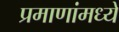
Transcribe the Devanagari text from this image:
प्रमाणांमध्ये